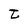
Character: t